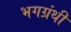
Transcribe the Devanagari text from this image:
भगग्रंथी